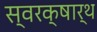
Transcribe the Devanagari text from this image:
स्वरक्षार्थ